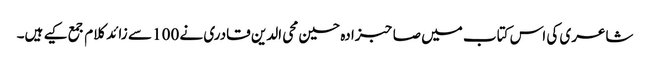
شاعری کی اس کتاب میں صاحبزادہ حسین محی الدین قادری نے 100 سے زائد کلام جمع کیے ہیں۔